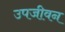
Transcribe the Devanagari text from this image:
उपजीवन